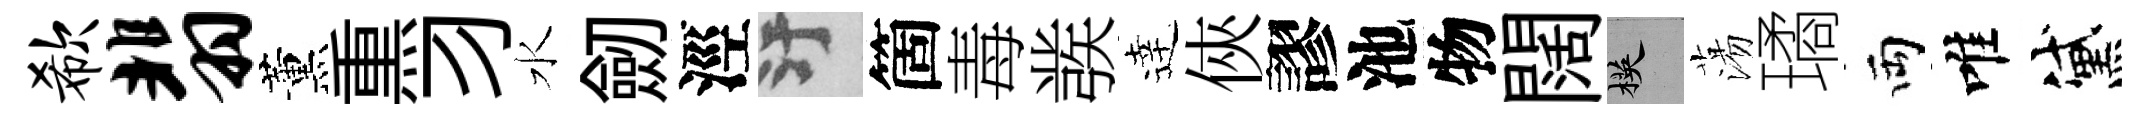
欷翡薰𤋱习水劒涇污箇毒彂逹俠謬池物闊楧蕩璚両唯黛